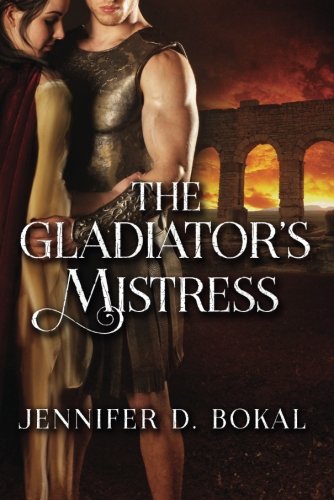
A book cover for The Gladiator's Mistress (Champions of Rome); Jennifer D. Bokal; Romance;